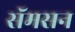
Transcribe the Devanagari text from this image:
सॅमसन